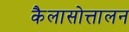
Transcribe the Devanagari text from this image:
कैलासोत्तालन